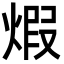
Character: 煆